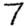
Digit: 7